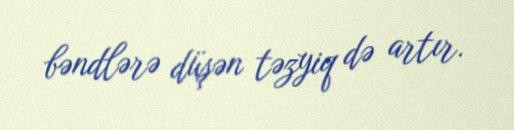
bəndlərə düşən təzyiq də artır.